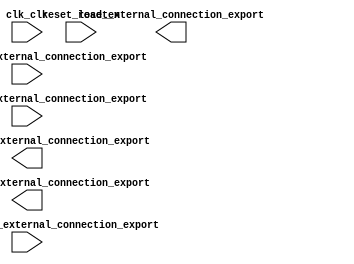

module processor (
	characterreceived_external_connection_export,
	charactersent_external_connection_export,
	clk_clk,
	load_external_connection_export,
	parallelinput_external_connection_export,
	paralleloutput_external_connection_export,
	reset_reset_n,
	transmitenable_external_connection_export);	

	input		characterreceived_external_connection_export;
	input		charactersent_external_connection_export;
	input		clk_clk;
	output		load_external_connection_export;
	input	[7:0]	parallelinput_external_connection_export;
	output	[7:0]	paralleloutput_external_connection_export;
	input		reset_reset_n;
	output		transmitenable_external_connection_export;
endmodule